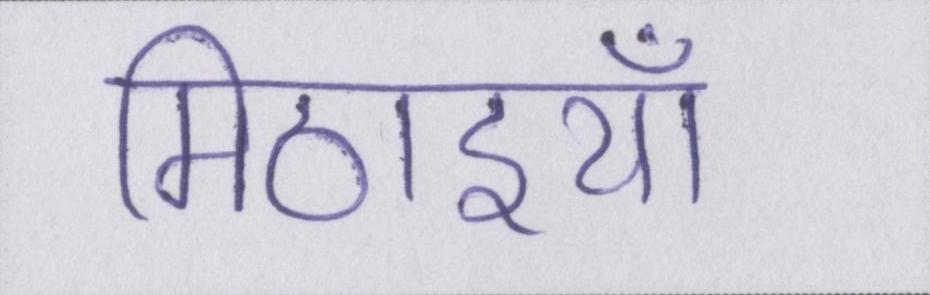
मिठाइयाँ